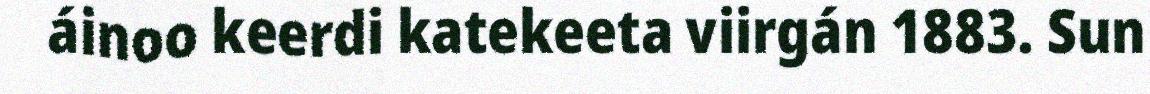
áinoo keerdi katekeeta viirgán 1883. Sun